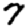
Digit: 7